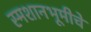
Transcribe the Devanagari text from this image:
स्मशानभूमीचे